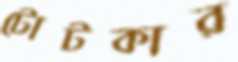
টোটকার